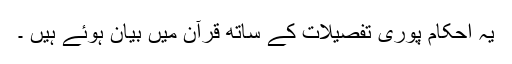
یہ احکام پوری تفصیلات کے ساتھ قرآن میں بیان ہوئے ہیں ۔